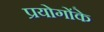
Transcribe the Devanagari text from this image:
प्रयोगोंके